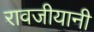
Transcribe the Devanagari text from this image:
रावजीयानी